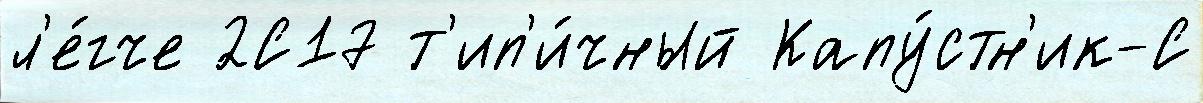
л'е́гче 2С17 т'ип'и́чный Капу́стн'ик-С